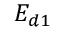
E _ { d 1 }